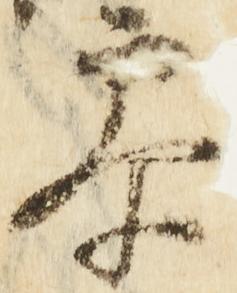
参